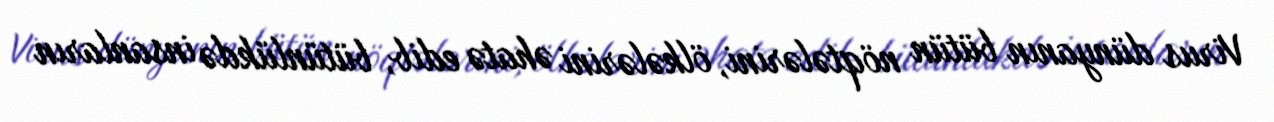
Virus dünyanın bütün nöqtələrini, ölkələrini əhatə edib, bütünlükdə insanların